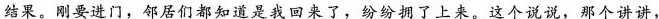
结果。刚要进门，邻居们都知道是我回来了，纷纷拥了上来。这个说说，那个讲讲，